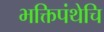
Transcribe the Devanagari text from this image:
भक्तिपंथेचि